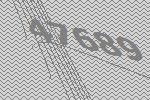
47689